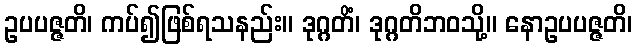
ဥပပဇ္ဇတိ၊ ကပ်၍ဖြစ်ရသနည်း။ ဒုဂ္ဂတိံ၊ ဒုဂ္ဂတိဘဝသို့။ နောဥပပဇ္ဇတိ၊